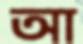
আ